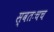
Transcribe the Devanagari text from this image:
स्वतःचच